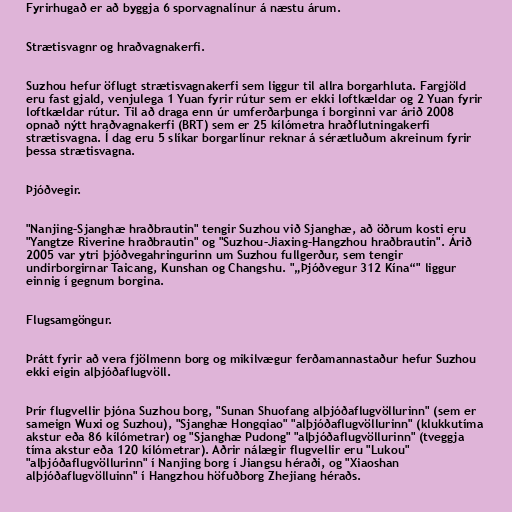
Fyrirhugað er að byggja 6 sporvagnalínur á næstu árum.

Strætisvagnr og hraðvagnakerfi.

Suzhou hefur öflugt strætisvagnakerfi sem liggur til allra borgarhluta. Fargjöld
eru fast gjald, venjulega 1 Yuan fyrir rútur sem er ekki loftkældar og 2 Yuan fyrir
loftkældar rútur. Til að draga enn úr umferðarþunga í borginni var árið 2008
opnað nýtt hraðvagnakerfi (BRT) sem er 25 kílómetra hraðflutningakerfi
strætisvagna. Í dag eru 5 slíkar borgarlínur reknar á sérætluðum akreinum fyrir
þessa strætisvagna.

Þjóðvegir.

"Nanjing–Sjanghæ hraðbrautin" tengir Suzhou við Sjanghæ, að öðrum kosti eru
"Yangtze Riverine hraðbrautin" og "Suzhou–Jiaxing–Hangzhou hraðbrautin". Árið
2005 var ytri þjóðvegahringurinn um Suzhou fullgerður, sem tengir
undirborgirnar Taicang, Kunshan og Changshu. "„Þjóðvegur 312 Kína“" liggur
einnig í gegnum borgina.

Flugsamgöngur.

Þrátt fyrir að vera fjölmenn borg og mikilvægur ferðamannastaður hefur Suzhou
ekki eigin alþjóðaflugvöll.

Þrír flugvellir þjóna Suzhou borg, "Sunan Shuofang alþjóðaflugvöllurinn" (sem er
sameign Wuxi og Suzhou), "Sjanghæ Hongqiao" "alþjóðaflugvöllurinn" (klukkutíma
akstur eða 86 kílómetrar) og "Sjanghæ Pudong" "alþjóðaflugvöllurinn" (tveggja
tíma akstur eða 120 kílómetrar). Aðrir nálægir flugvellir eru "Lukou"
"alþjóðaflugvöllurinn" í Nanjing borg í Jiangsu héraði, og "Xiaoshan
alþjóðaflugvölluinn" í Hangzhou höfuðborg Zhejiang héraðs.